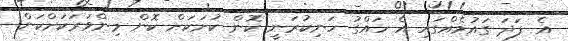
އެ ފަދަ ގައުމެއްގައި އެ ހައްގު ހަނިކުރަނީ ކޮން ކުށަކަށް ކޮން މިންވަރަކަށްކަން